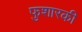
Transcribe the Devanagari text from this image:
फुशारकी